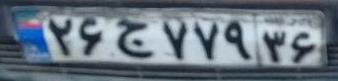
۲۶ج۷۷۹۳۶